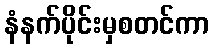
နံနက်ပိုင်းမှစတင်ကာ